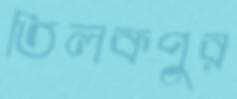
তিলকপুর